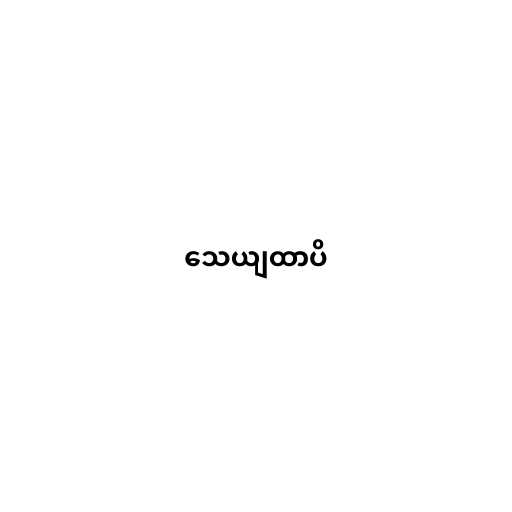
သေယျထာပိ